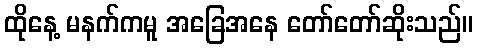
ထိုနေ့ မနက်ကမူ အခြေအနေ တော်တော်ဆိုးသည်။